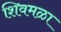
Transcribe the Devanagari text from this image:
शिवमळा